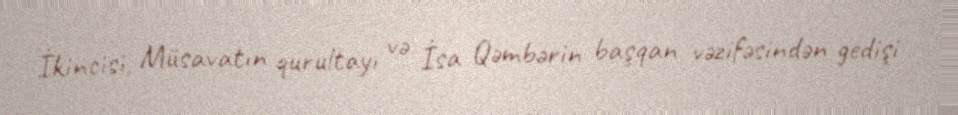
İkincisi, Müsavatın qurultayı və İsa Qəmbərin başqan vəzifəsindən gedişi